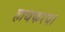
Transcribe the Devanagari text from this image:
हाथकरघा